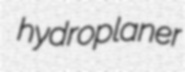
hydroplaner